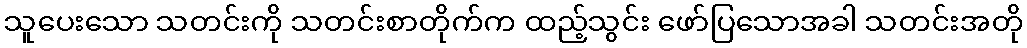
သူပေးသော သတင်းကို သတင်းစာတိုက်က ထည့်သွင်း ဖော်ပြသောအခါ သတင်းအတို